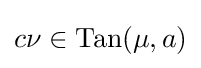
c\nu \in \mathrm {Tan} (\mu ,a)